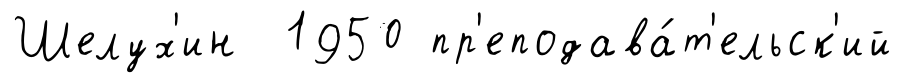
Шелух'ин 1950 пр'еподава́т'ельск'ий